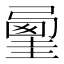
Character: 𡐲